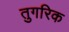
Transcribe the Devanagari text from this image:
तुगरिक